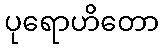
ပုရောဟိတော